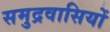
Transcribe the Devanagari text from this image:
समुद्रवासियों